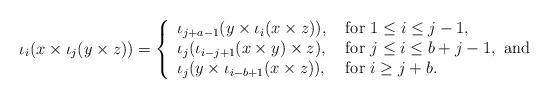
LaTeX: \begin{align*}\iota_i(x\times \iota_j(y\times z)) =\left\{\begin{array}{ll}\iota_{j+a-1}(y\times \iota_i(x\times z)),&\mbox{ for }1\leq i\leq j-1,\\\iota_j(\iota_{i-j+1}(x\times y)\times z),&\mbox{ for }j\leq i \leq b+j-1, \mbox{ and}\\\iota_j(y\times \iota_{i-b+1}(x\times z)),&\mbox{ for }i\geq j+b.\end{array}\right.\end{align*}